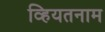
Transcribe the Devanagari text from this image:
व्हियतनाम